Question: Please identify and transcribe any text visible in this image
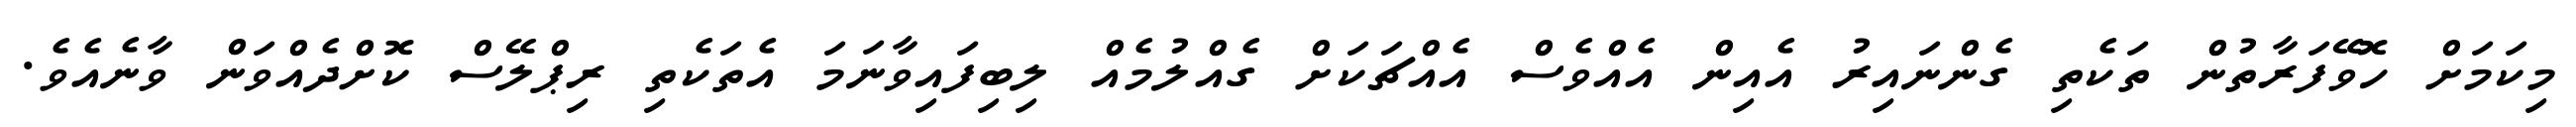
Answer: މިކަމަށް ހޮވޭފަރާތުން ތަކެތި ގެންނައިރު އެއިން އެއްވެސް އެއްޗަކަށް ގެއްލުމެއް ލިބިފައިވާނަމަ އެތަކެތި ރިޕްލޭސް ކޮށްދެއްވަން ވާނެއެވެ.